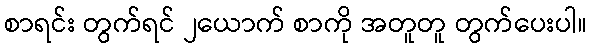
စာရင်း တွက်ရင် ၂ယောက် စာကို အတူတူ တွက်ပေးပါ။